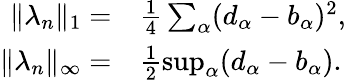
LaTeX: \begin{array}{rl}{\| \lambda_{n}\| _{1}=}&{{}\frac{1}{4}\sum_{\alpha}(d_{\alpha}-b_{\alpha})^{2},}\\ {\| \lambda_{n}\| _{\infty}=}&{{}\frac{1}{2}\operatorname*{sup}_{\alpha}(d_{\alpha}-b_{\alpha}).}\end{array}